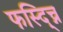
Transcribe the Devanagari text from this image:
फस्द्च्नि